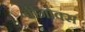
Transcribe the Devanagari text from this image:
बीनोक्स